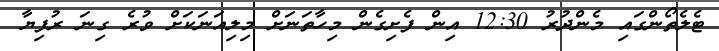
ޓެލެތޯންގައި މެންދުރު 12:30 އިން ފެށިގެން މިހާތަނަށް މިލިއަނަކަށް ވުރެ ގިނަ ރުފިޔާ